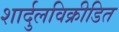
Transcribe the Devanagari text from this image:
शार्दुलविक्रीडित